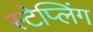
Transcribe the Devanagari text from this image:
स्टेप्लिंग